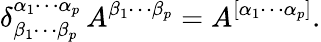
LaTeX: \delta_{\beta_{1}\cdots\beta_{p}}^{\alpha_{1}\cdots\alpha_{p}}\, A^{\beta_{1}\cdots\beta_{p}}=A^{[\alpha_{1}\cdots\alpha_{p}]}.